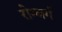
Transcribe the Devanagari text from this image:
रोम्बर्ग